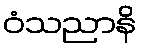
ဝံသညာနိ